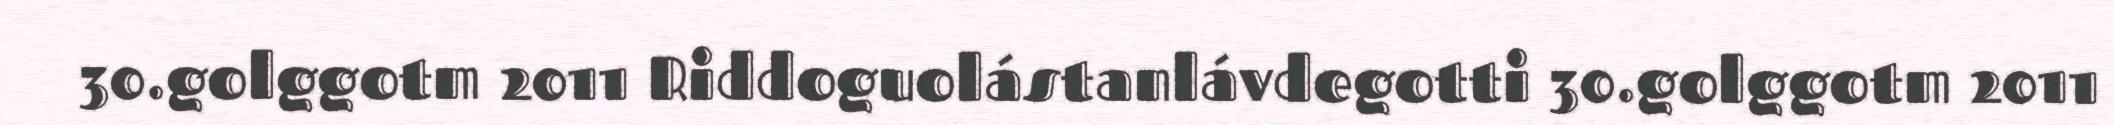
30.golggotm 2011 Riddoguolástanlávdegotti 30.golggotm 2011